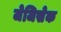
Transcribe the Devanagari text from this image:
जेजिसेक